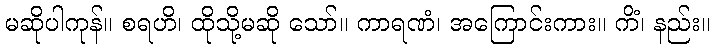
မဆိုပါကုန်။ စရဟိ၊ ထိုသို့မဆို သော်။ ကာရဏံ၊ အကြောင်းကား။ ကိံ၊ နည်း။